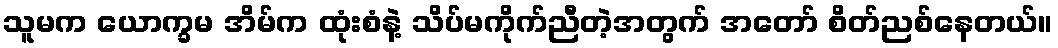
သူမက ယောက္ခမ အိမ်က ထုံးစံနဲ့ သိပ်မကိုက်ညီတဲ့အတွက် အတော် စိတ်ညစ်နေတယ်။